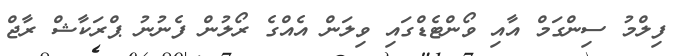
ފިލްމު ސިންގަމް އާއި ވޯންޓެޑްގައި ވިލަން އެއްގެ ރޯލުން ފެނުނު ޕްރަކާޝް ރާޖް